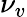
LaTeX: \nu_{v}